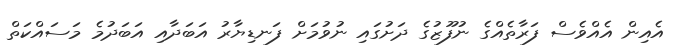
އެއިން އެއްވެސް ފަރާތެއްގެ ނުފޫޒުގެ ދަށުގައި ނުވުމަށް ފަނޑިޔާރު އަބަދާއި އަބަދުމެ މަސައްކަތް